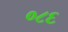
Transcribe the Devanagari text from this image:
०८६